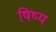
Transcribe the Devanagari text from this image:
षिष्य